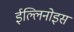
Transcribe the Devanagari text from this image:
ईल्लिनोइस